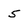
Character: 5